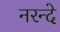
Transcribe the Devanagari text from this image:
नरन्दे